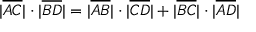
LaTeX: | { \overline { { A C } } } | \cdot | { \overline { { B D } } } | = | { \overline { { A B } } } | \cdot | { \overline { { C D } } } | + | { \overline { { B C } } } | \cdot | { \overline { { A D } } } |